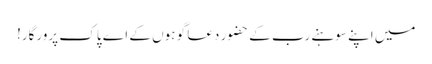
میں اپنے سوہنے رب کے حضور دعا گو ہوں کے اے پاک پرورگار!